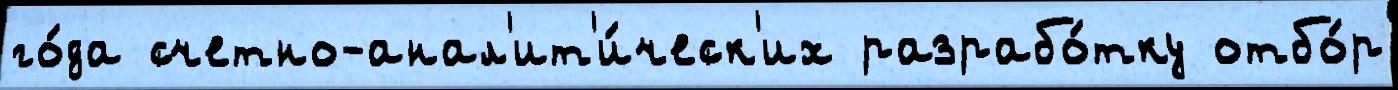
го́да счетно-анал'ит'и́ческ'их разрабо́тку отбо́р